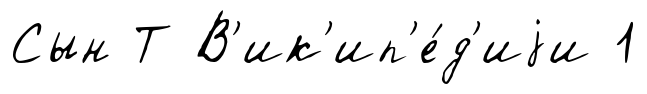
Сын Т В'ик'ип'е́д'иjи 1